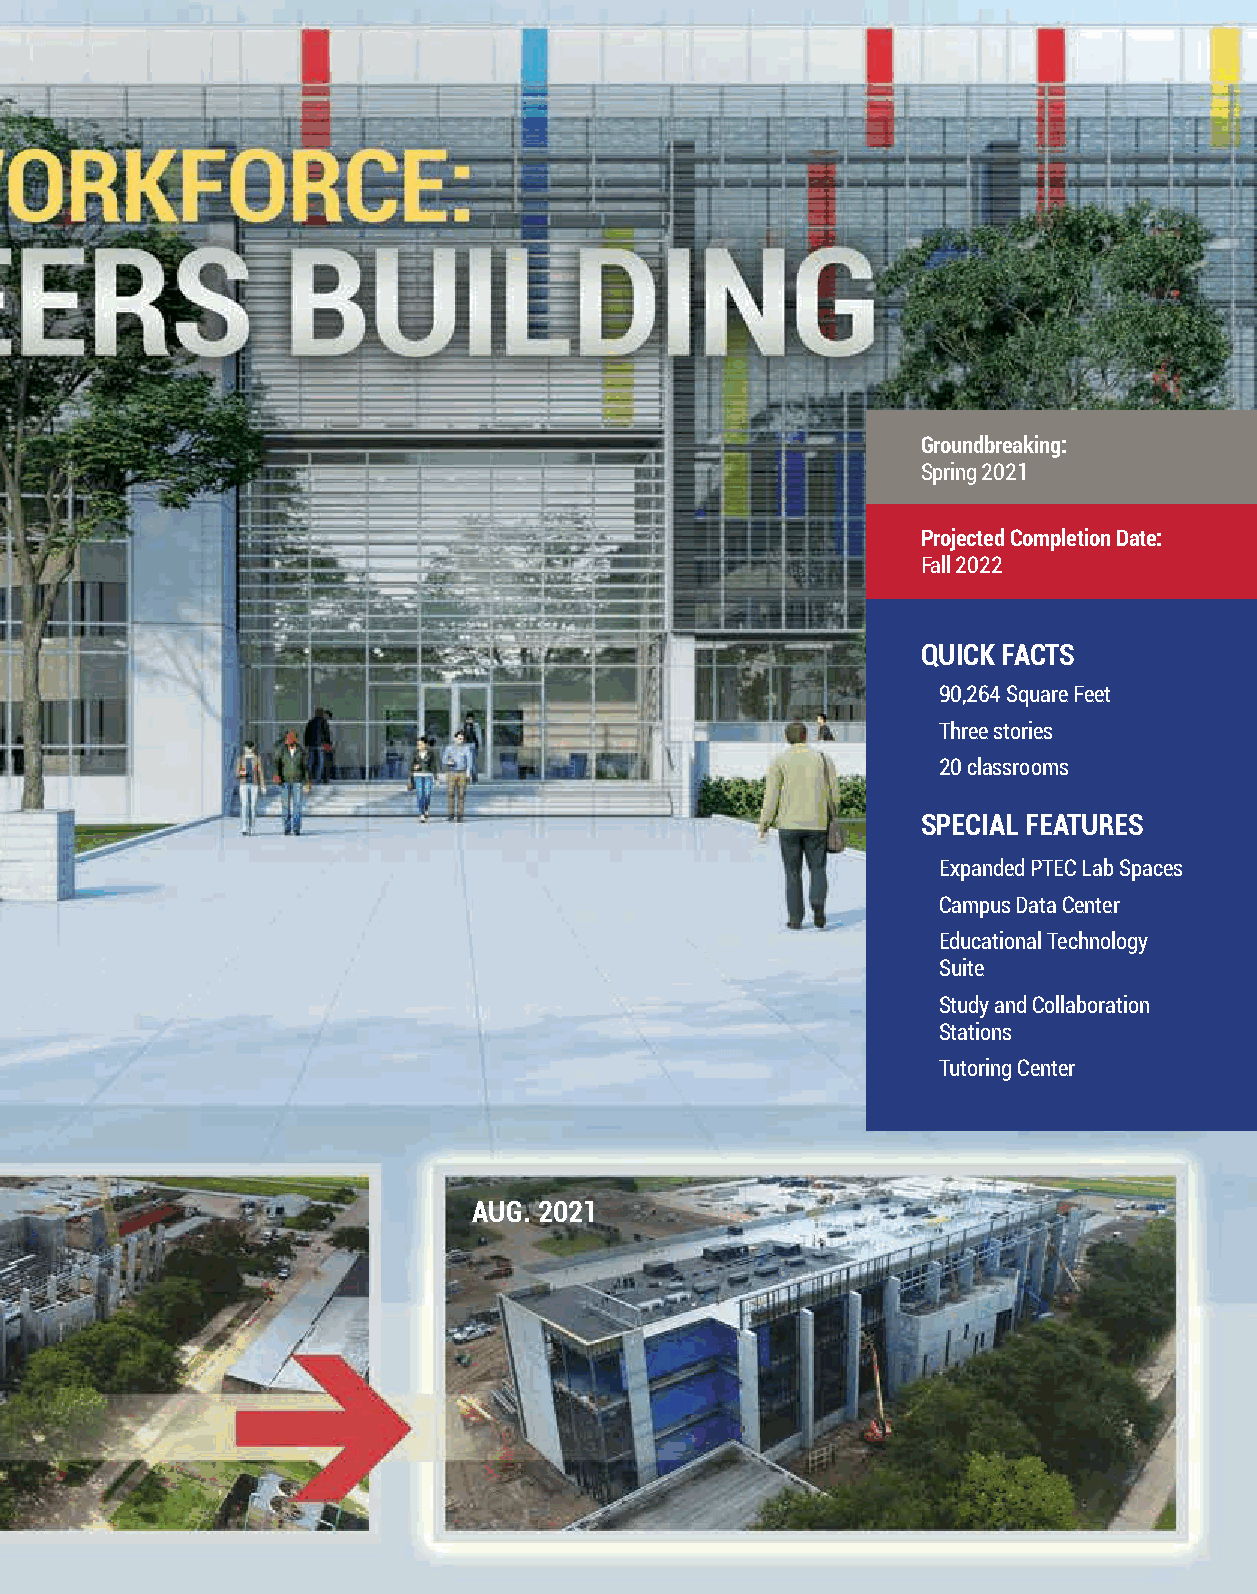
Groundbreaking:
 Spring 2021
 Projected Completion Date:
 Fall 2022
 QUICK FACTS
 90,264 Square Feet
 Three stories
 20 classrooms
 SPECIAL FEATURES
 Expanded PTEC Lab Spaces
 Campus Data Center
 Educational Technology
 Suite
 Study and Collaboration
 Stations
 Tutoring Center
 AUG. 2021
 Horizons College of the Mainland Magazine Fall 2021 | 19